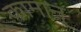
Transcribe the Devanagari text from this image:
कामान्